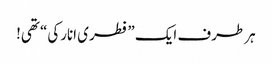
ہر طرف ایک ”فطری انارکی“ تھی!